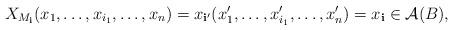
LaTeX: \begin{align*}X_{M_\mathbf i}(x_1, \dots, x_{i_1}, \dots, x_n) = x_{\mathbf i'}(x_1', \dots, x_{i_1}', \dots, x_n') = x_\mathbf i\in \mathcal A(B),\end{align*}